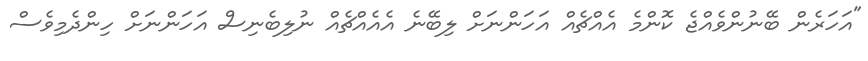
"އަހަރެން ބޭނުންވެއްޖެ ކޮންމެ އެއްޗެއް އަހަންނަށް ލިބޭނެ އެއެއްޗެއް ނުލިބެނިސް އަހަންނަށް ހިންދެމިވެސް